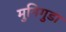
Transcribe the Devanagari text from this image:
मुनिगुडा